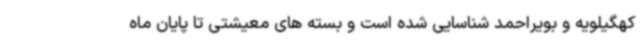
کهگیلویه و بویراحمد شناسایی شده است و بسته های معیشتی تا پایان ماه